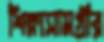
শিক্ষাসামগ্রীর